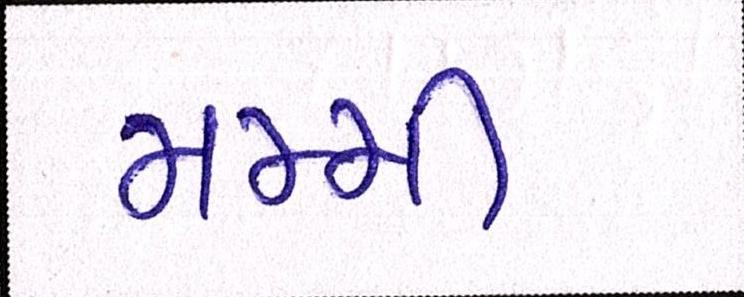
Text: મમ્મી